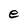
Character: e